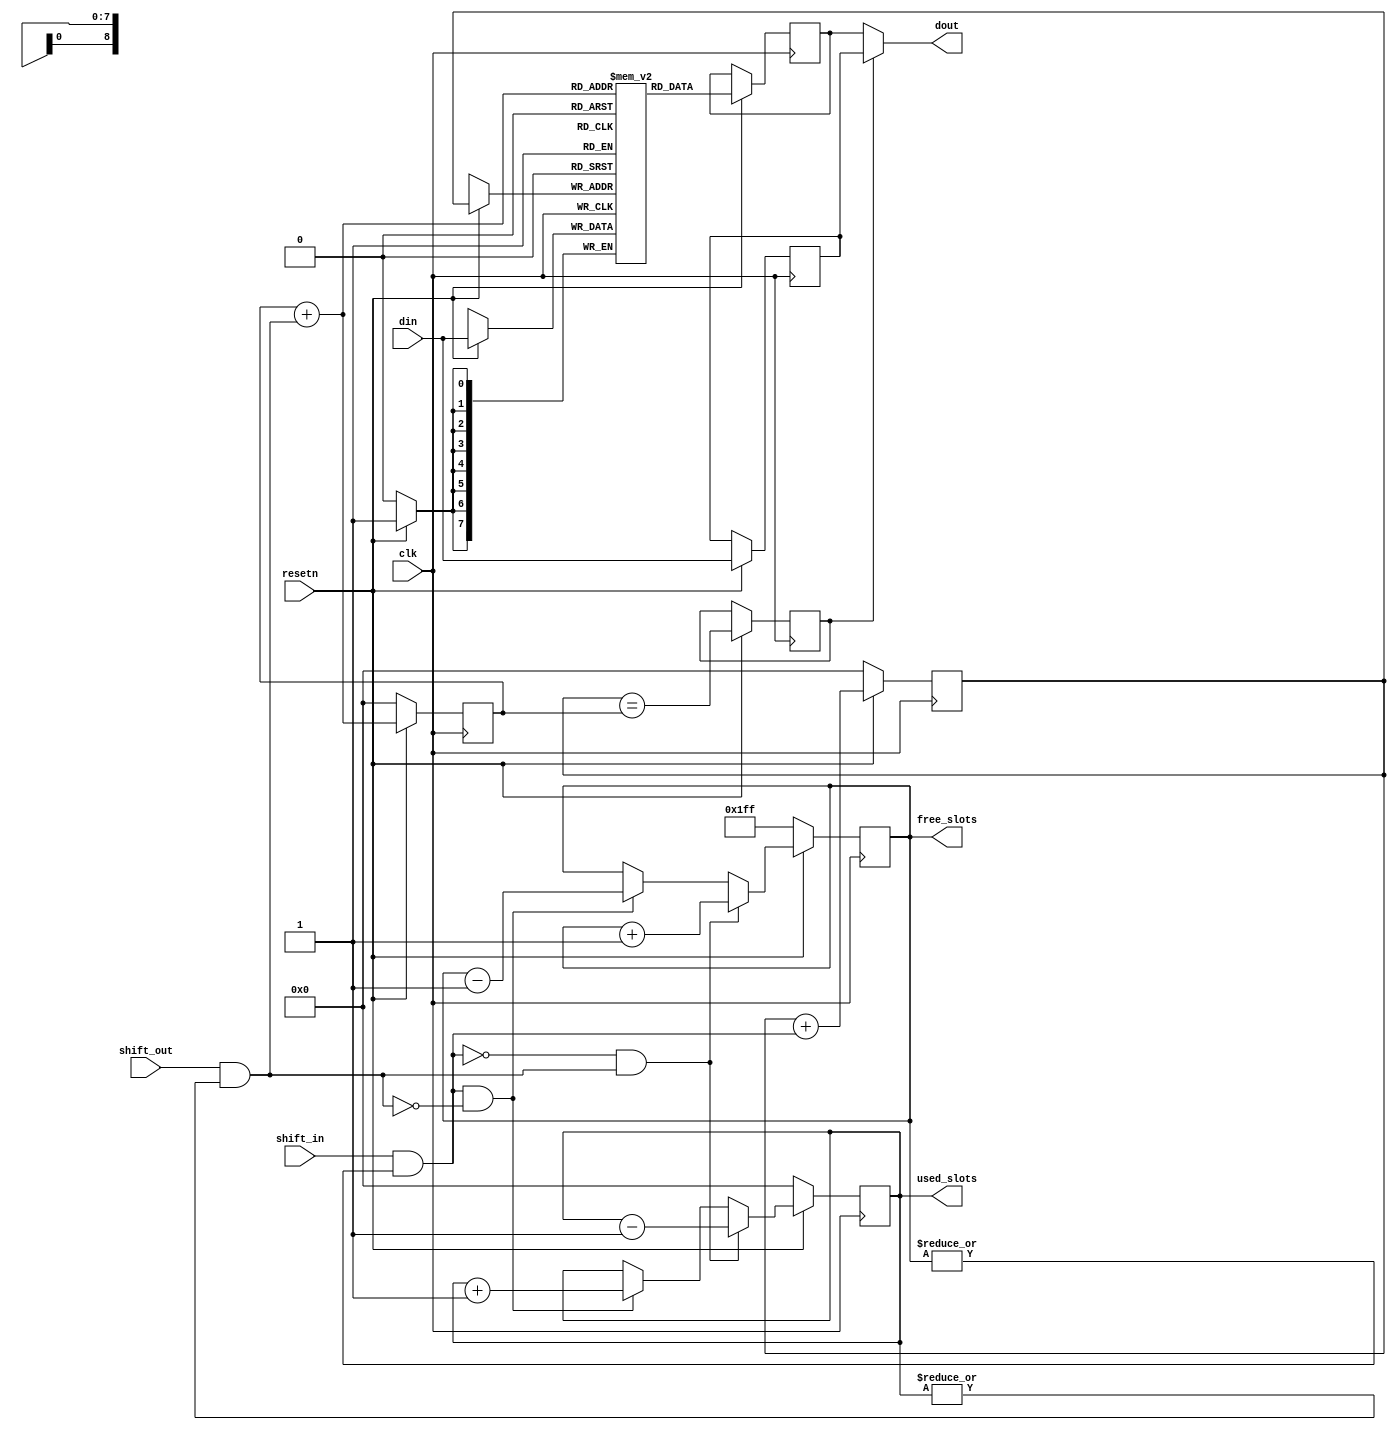
// ----------------------------------------------------------------------------
// 
// 
// ----------------------------------------------------------------------------
// Taken from: 
//   github.com/cliffordwolf/icotools/blob/master/icosoc/mod_rs232/mod_rs232.v
// ----------------------------------------------------------------------------
module fifo(
  input clk,
  input resetn,
  input [7:0] din,
  output [7:0] dout,
  input shift_in,
  input shift_out,
  output reg [8:0] used_slots,
  output reg [8:0] free_slots
);

// ----------------------------------------------------------------------------
reg [7:0] memory [0:511];
reg [8:0] wptr, rptr;
reg [7:0] memory_dout;
reg [7:0] pass_dout;
reg use_pass_dout;

// ----------------------------------------------------------------------------
assign dout = use_pass_dout ? pass_dout : memory_dout;

// ----------------------------------------------------------------------------
wire do_shift_in = shift_in && |free_slots;
wire do_shift_out = shift_out && |used_slots;

// ----------------------------------------------------------------------------
always @(posedge clk) begin
  if (!resetn) begin
    wptr <= 0;
    rptr <= 0;
    used_slots <= 0;
    free_slots <= 511;
  end else begin
    memory[wptr] <= din;
    wptr <= wptr + do_shift_in;

    memory_dout <= memory[rptr + do_shift_out];
    rptr <= rptr + do_shift_out;

    use_pass_dout <= wptr == rptr;
    pass_dout <= din;

    if (do_shift_in && !do_shift_out) begin
      used_slots <= used_slots + 1;
      free_slots <= free_slots - 1;
    end

    if (!do_shift_in && do_shift_out) begin
      used_slots <= used_slots - 1;
      free_slots <= free_slots + 1;
    end
  end
end

endmodule